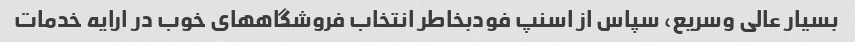
بسیار عالی وسریع، سپاس از اسنپ فودبخاطر انتخاب فروشگاههای خوب در ارایه خدمات